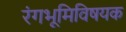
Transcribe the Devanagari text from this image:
रंगभूमिविषयक